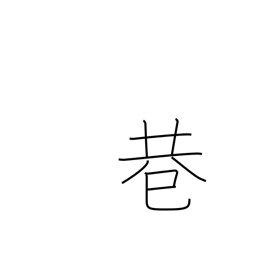
Meaning: fork in road